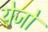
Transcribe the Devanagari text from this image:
येजो